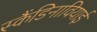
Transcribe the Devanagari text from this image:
स्कैंडिनावियाई